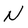
Character: N